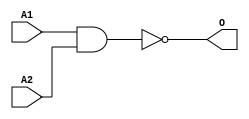
module MJNAND2B(A1, A2, O);
input   A1;
input   A2;
output  O;
nand g0(O, A1, A2);
endmodule